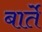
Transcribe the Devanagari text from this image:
बार्ते